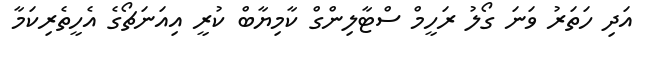
އަދި ހަތަރު ވަނަ ގޯލު ރަހީމް ސްޓާލިންގް ކާމިޔާބް ކުރީ އިއަނަޗޯގެ އެހީތެރިކަމާ